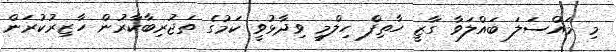
މި މައްސަލަ ބައްލަވާ ގާޒީ ހާތިފް ހިލްމީ ވިދާޅުވީ ކަމުގެ ތަޖުރިބާކާރުން ހާޒިރުކުރަން